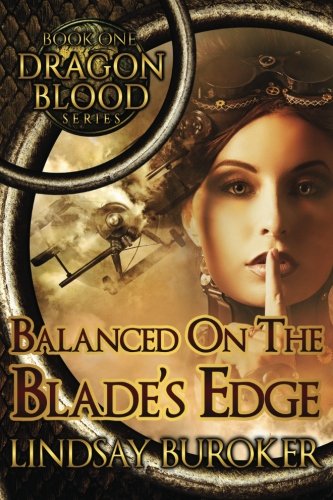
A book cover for Balanced on the Blade's Edge (Dragon Blood) (Volume 1); Lindsay A Buroker; Science Fiction & Fantasy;